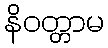
နိဝတ္တာမ